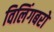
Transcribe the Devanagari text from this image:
विलिंगबरो